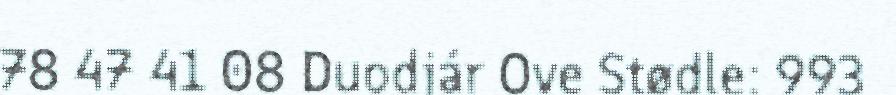
78 47 41 08 Duodjár Ove Stødle: 993